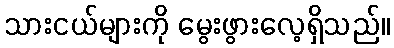
သားငယ်များကို မွေးဖွားလေ့ရှိသည်။